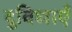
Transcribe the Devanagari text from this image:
दुविधाएँ